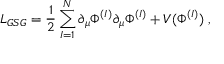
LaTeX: { \cal L } _ { G S G } = \frac { 1 } { 2 } \sum _ { I = 1 } ^ { N } \partial _ { \mu } \Phi ^ { ( I ) } \partial _ { \mu } \Phi ^ { ( I ) } + V ( \Phi ^ { ( I ) } ) \; ,